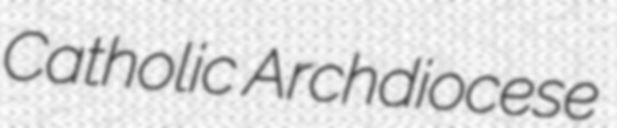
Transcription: Catholic Archdiocese